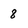
Character: 8